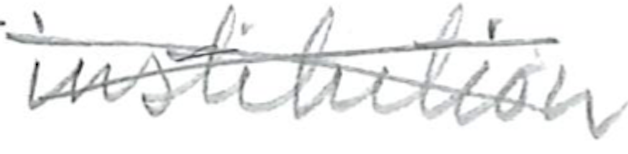
Text: institution
Cross-out: cross
Writing tool: pencil